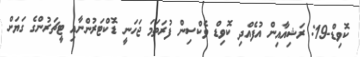
ކޮވިޑް-19: ރަޝިއާއިން އުފެއްދި ކޮވިޑް ވެކްސިން ފުރަތަމަ ޖަހަނީ ޑޮކްޓަރުންނާއި ޓީޗަރުންގެ ގަޔަށް